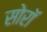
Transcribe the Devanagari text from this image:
सोरॉ